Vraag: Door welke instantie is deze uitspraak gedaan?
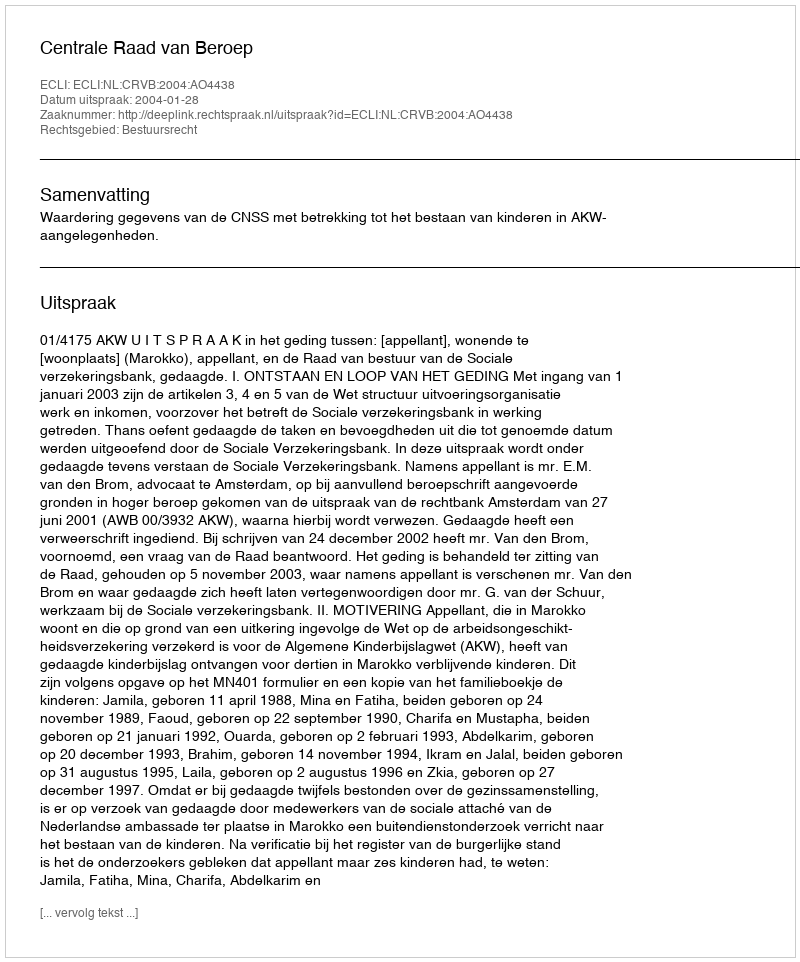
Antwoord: Centrale Raad van Beroep